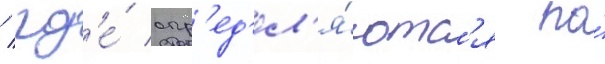
/ гд'е́ опр'ед'ел'я́ютс'я по́